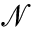
\mathcal { N }